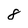
Character: 8